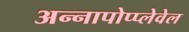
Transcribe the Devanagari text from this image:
अन्नापोप्प्लेवेल